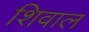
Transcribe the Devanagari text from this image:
शिवाल